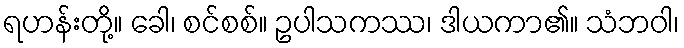
ရဟန်းတို့။ ခေါ၊ စင်စစ်။ ဥပါသကဿ၊ ဒါယကာ၏။ သံဘဝါ၊